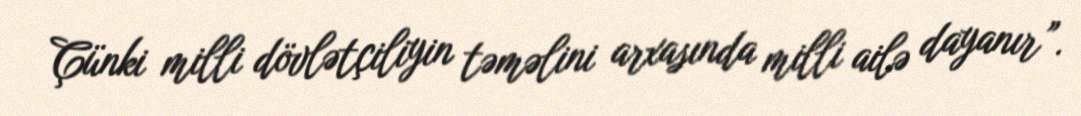
Çünki milli dövlətçiliyin təməlini arxasında milli ailə dayanır”.